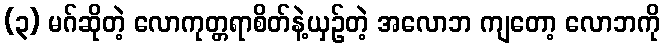
(၃) မဂ်ဆိုတဲ့ လောကုတ္တရာစိတ်နဲ့ယှဉ်တဲ့ အလောဘ ကျတော့ လောဘကို